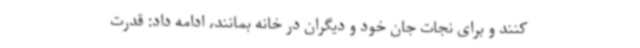
کنند و برای نجات جان خود و دیگران در خانه بمانند، ادامه داد: قدرت